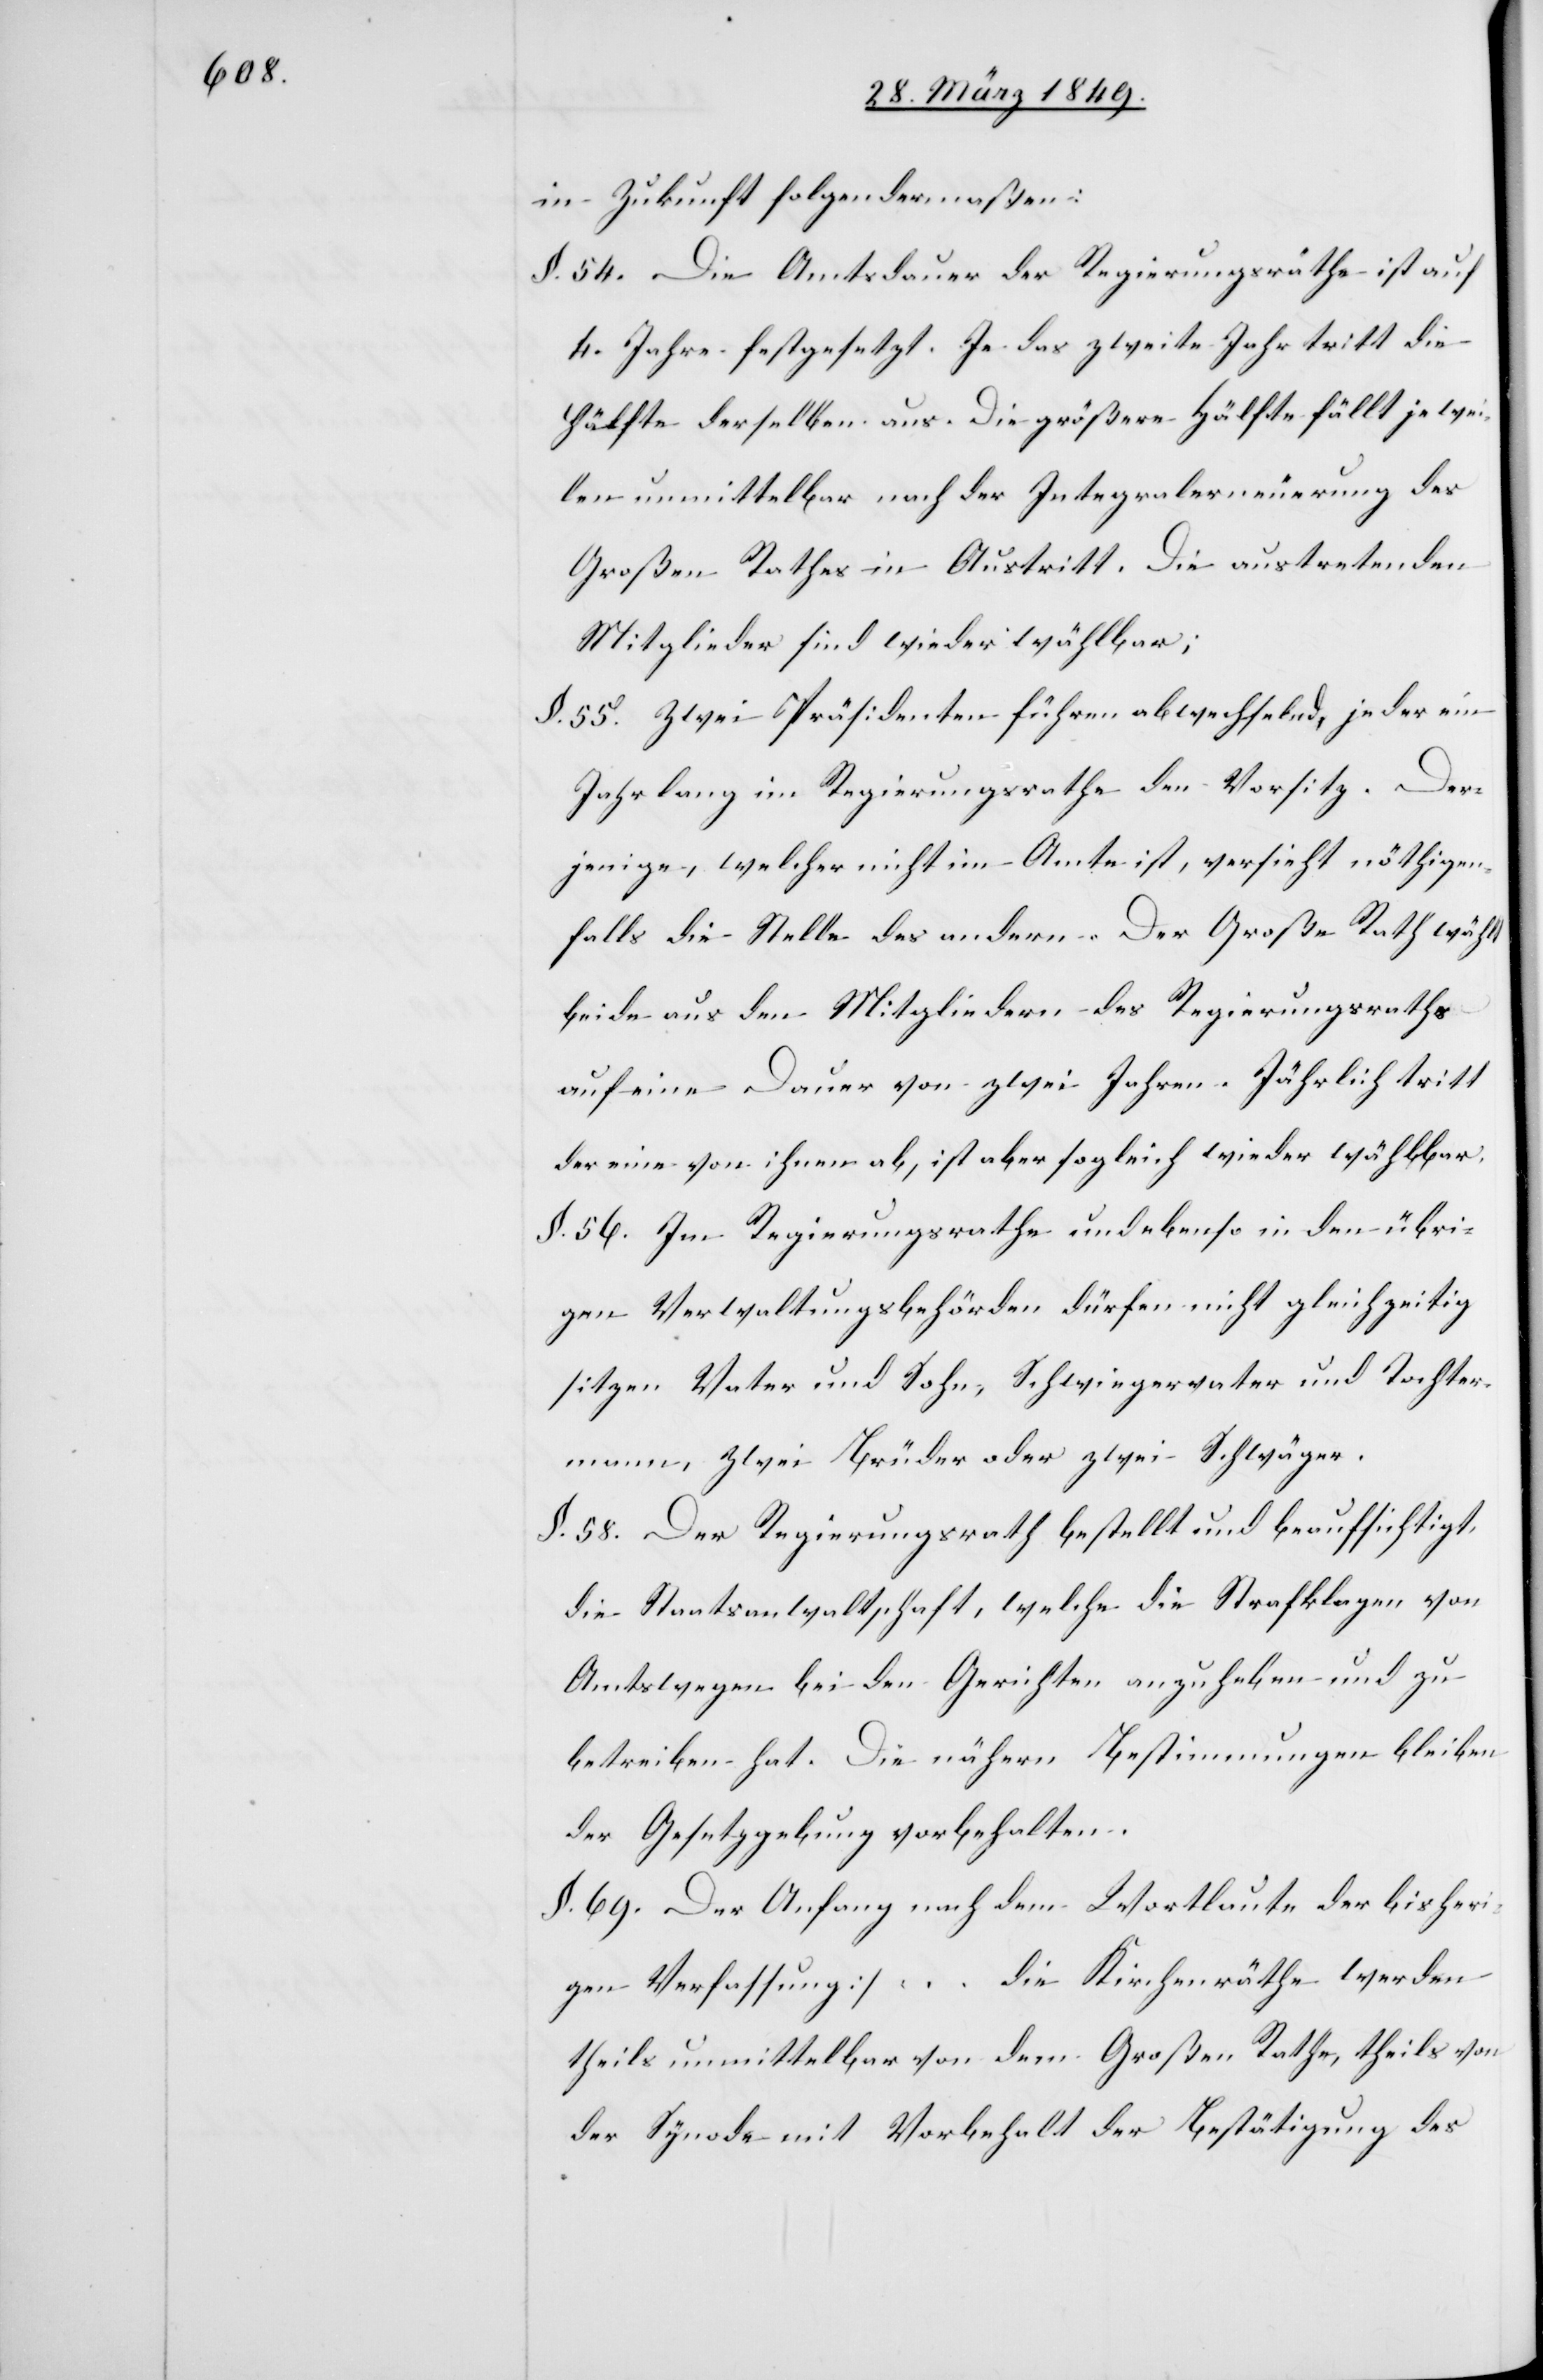
in Zukunft folgendermaßen:
§. 54. Die Amtsdauer der Regierungsräthe ist auf
4. Jahre festgesetzt. Je das zweite Jahr tritt die
Hälfte derselben aus. Die größere Hälfte fällt jewei¬
len unmittelbar nach der Integralerneuerung des
Großen Rathes in Austritt. Die austretenden
Mitglieder sind wieder wählbar;
§. 55. Zwei Präsidenten führen abwechselnd, jeder ein
Jahr lang im Regierungsrathe den Vorsitz. Der¬
jenige, welcher nicht im Amte ist, versieht nöthigen¬
falls die Stelle des andern. Der Große Rath wählt
beide aus den Mitgliedern des Regierungsraths
auf eine Dauer von zwei Jahren. Jährlich tritt
der eine von ihnen ab, ist aber sogleich wieder wählbar.
§. 56. Im Regierungsrathe und ebenso in den übri¬
gen Verwaltungsbehörden dürfen nicht gleichzeitig
sitzen Vater und Sohn, Schwiegervater und Tochter¬
mann, zwei Brüder oder zwei Schwäger.
§. 58. Der Regierungsrath bestellt und beaufsichtigt
die Staatsanwaltschaft, welche die Strafklagen von
Amtswegen bei den Gerichten anzuheben und zu
betreiben hat. Die nähern Bestimmungen bleiben
der Gesetzgebung vorbehalten.
§. 69. []Der Anfang nach dem Wortlaute der bisheri¬
gen Verfassung] … die Kirchenräthe werden
theils unmittelbar von dem Großen Rathe, theils von
der Synode mit Vorbehalt der Bestätigung des